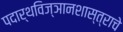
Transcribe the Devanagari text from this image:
पदार्थविज्ञानशास्त्राचे